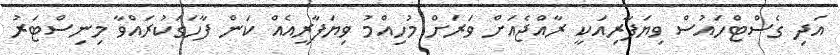
އަދި ގެސްޓްހައުސް ވިޔަފާރިއަކީ ރާއްޖެއަށް ވަރަށް މުހިއްމު ވިޔަފާރީއެއް ކަން ފާހަގަކުރައްވާ މިނިސްޓަރު